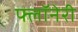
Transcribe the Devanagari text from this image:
फ्लॉनेरी